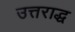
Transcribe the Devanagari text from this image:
उत्तराद्ध